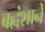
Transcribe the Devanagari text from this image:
बह्वंशाने